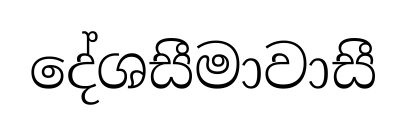
දේශසීමාවාසී